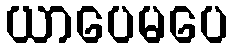
ယာပေမပေ